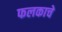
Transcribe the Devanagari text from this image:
फलकाचे